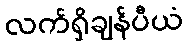
လက်ရှိချန်ပီယံ